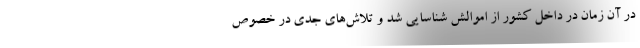
در آن زمان در داخل کشور از اموالش شناسایی شد و تلاش‌های جدی در خصوص